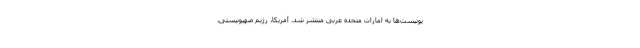
یونیست‌ها به امارات متحده عربی منتشر شد. آمریکا، رژیم صهیونیستی،